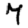
Digit: 7